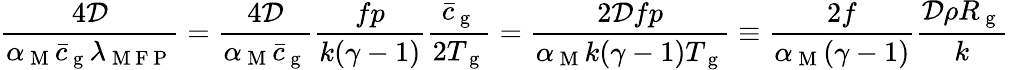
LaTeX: \frac{4\mathcal{D}}{\alpha_{\mathrm{~M~}}\bar{c}_{\mathrm{~g~}}\lambda_{\mathrm{~M~F~P~}}}=\frac{4\mathcal{D}}{\alpha_{\mathrm{~M~}}\bar{c}_{\mathrm{~g~}}}\frac{fp}{k(\gamma-1)}\frac{\bar{c}_{\mathrm{~g~}}}{2T_{\mathrm{~g~}}}=\frac{2\mathcal{D}fp}{\alpha_{\mathrm{~M~}}k(\gamma-1)T_{\mathrm{~g~}}}\equiv\frac{2f}{\alpha_{\mathrm{~M~}}(\gamma-1)}\frac{\mathcal{D}\rho R_{\mathrm{~g~}}}{k}